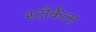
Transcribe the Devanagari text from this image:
स्टॉर्कला